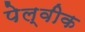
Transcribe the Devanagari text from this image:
पेल्वीक